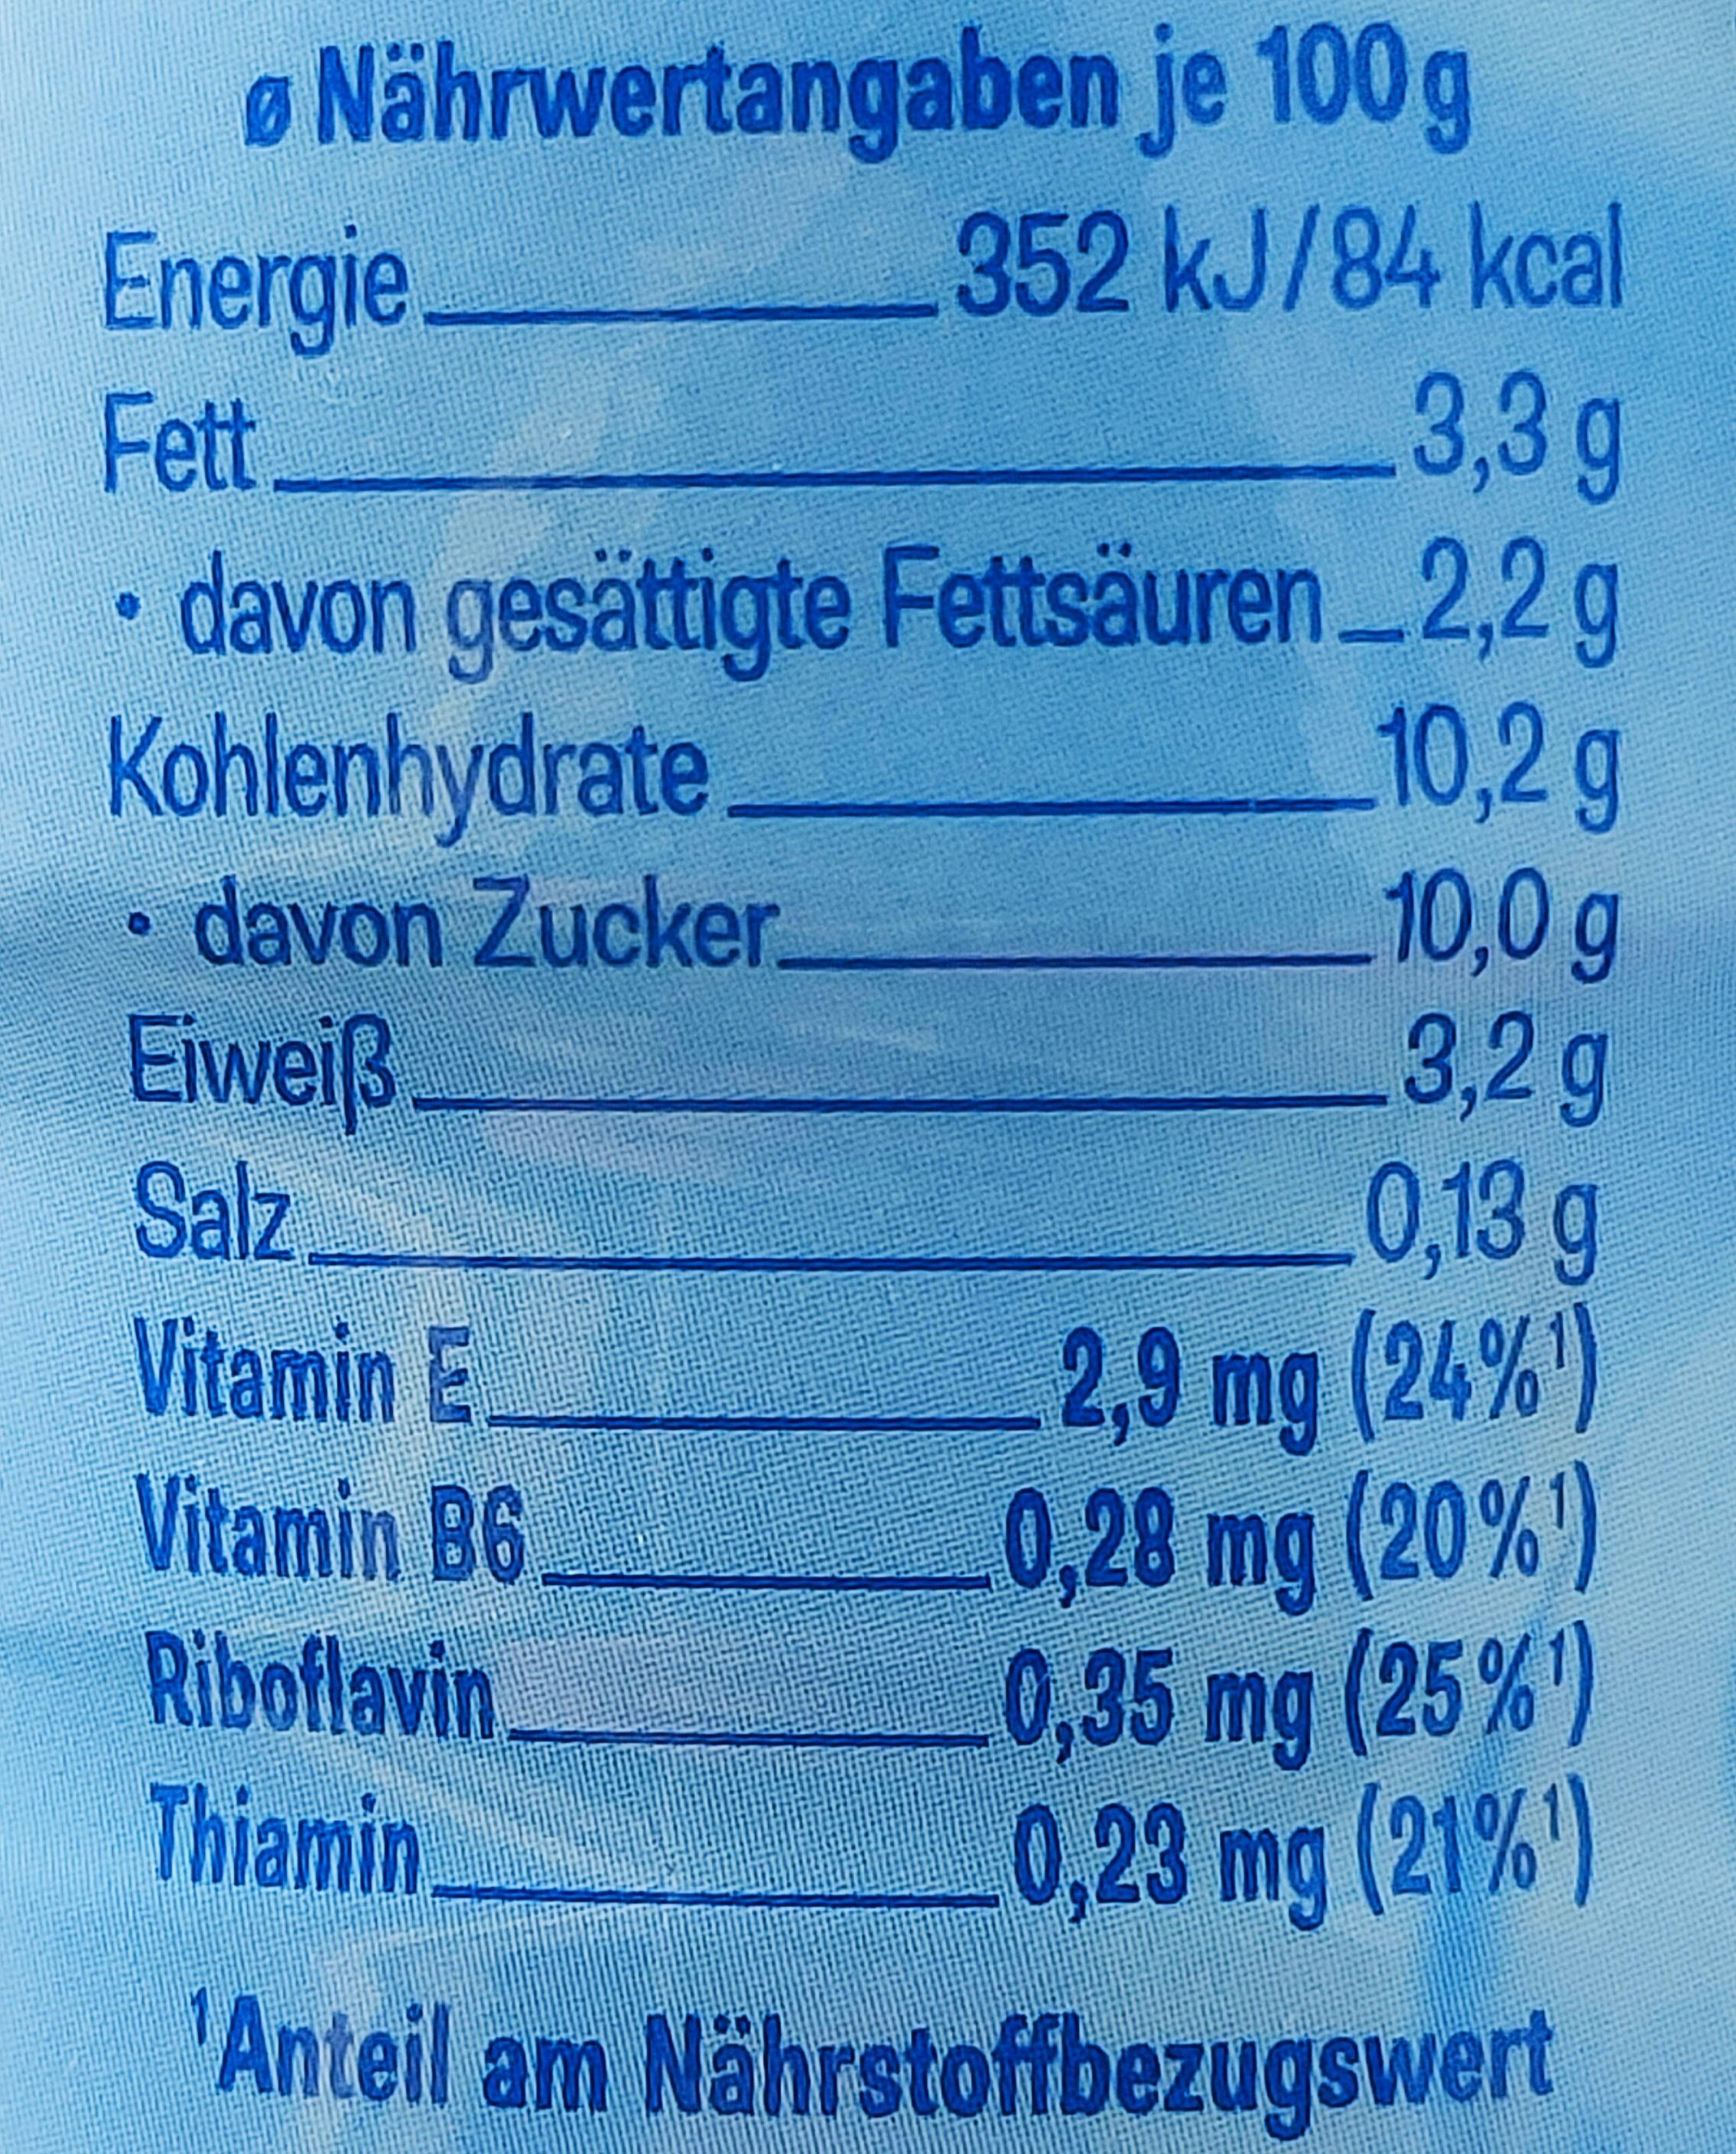
ØNährwertangaben je 100 g
352 kJ/84 kcal 3,3 g
davon gesättigte Fettsäuren_2,2 g
10,2 g
Kohlenhydrate
10,0 g
3,2 g
Energie.
Fett
davon Zucker
Eiweiß
Salz
Vitamin E
Vitamin B6
Riboflavin
Thiamin
0,13 g
2,9 mg (24%) 0,28 mg (20%)
0,35 mg (25%) 0,23 mg (21% ¹)
'Anteil am Nährstoffbezugswert